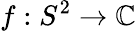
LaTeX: f:S^{2}\to\mathbb{C}